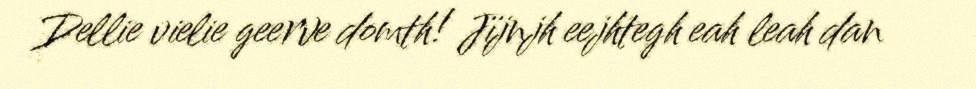
Dellie vielie geerve domth! Jïjnjh eejhtegh eah leah dan